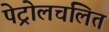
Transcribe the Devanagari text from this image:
पेट्रोलचलित